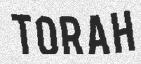
TORAH